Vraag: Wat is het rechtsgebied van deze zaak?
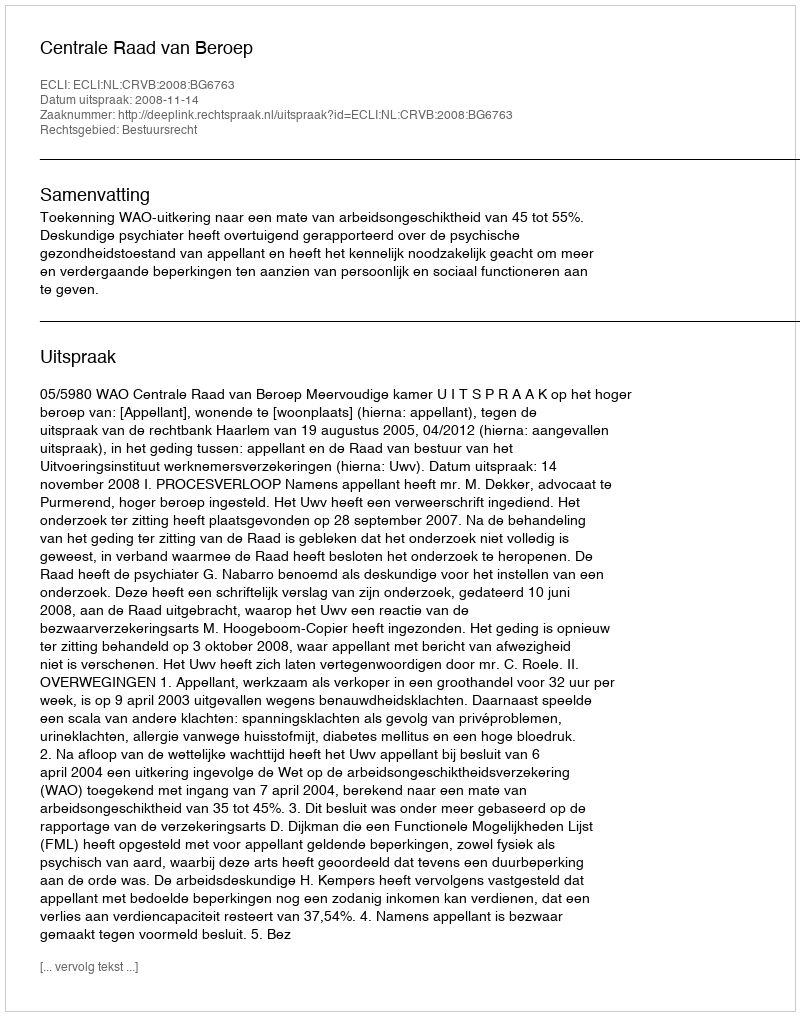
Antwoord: Bestuursrecht